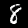
Digit: 8